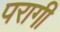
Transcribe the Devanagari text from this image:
परागी